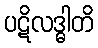
ပဋိလဒ္ဓါတိ